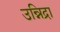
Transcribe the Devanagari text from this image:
उन्निद्रा